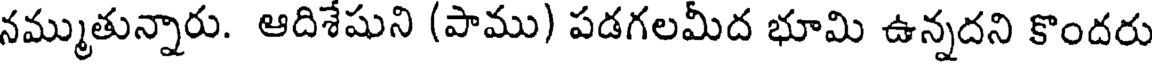
నమ్ముతున్నారు. ఆదిశేషుని (పాము) పడగలమీద భూమి ఉన్నదని కొందరు